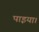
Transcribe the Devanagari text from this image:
पाइया।